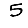
Digit: 5